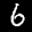
Label: 6